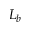
L _ { b }